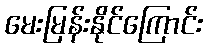
မေးမြန်းနိုင်ကြောင်း